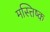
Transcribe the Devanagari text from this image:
मस्त्तिष्क